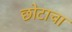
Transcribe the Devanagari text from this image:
छोटाचा